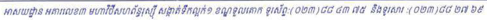
អាសយដ្ឋាន អគារលេខ៣ មហាវិថីសហព័ន្ធរុស្សី សង្កាត់ទឹកល្អក់១ ខណ្ឌទួលគោក ទូរស័ព្ទ:(០២៣)៨៨ ៤៣ ៧៥ និងទូរសារ:(០២៣)៨៨ ២៧ ៦៩